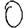
Digit: 0